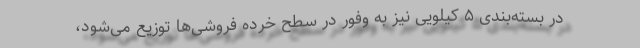
در بسته‌بندی ۵ کیلویی نیز به وفور در سطح خرده فروشی‌ها توزیع می‌شود،